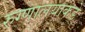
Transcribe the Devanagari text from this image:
रुग्णालयाकडे